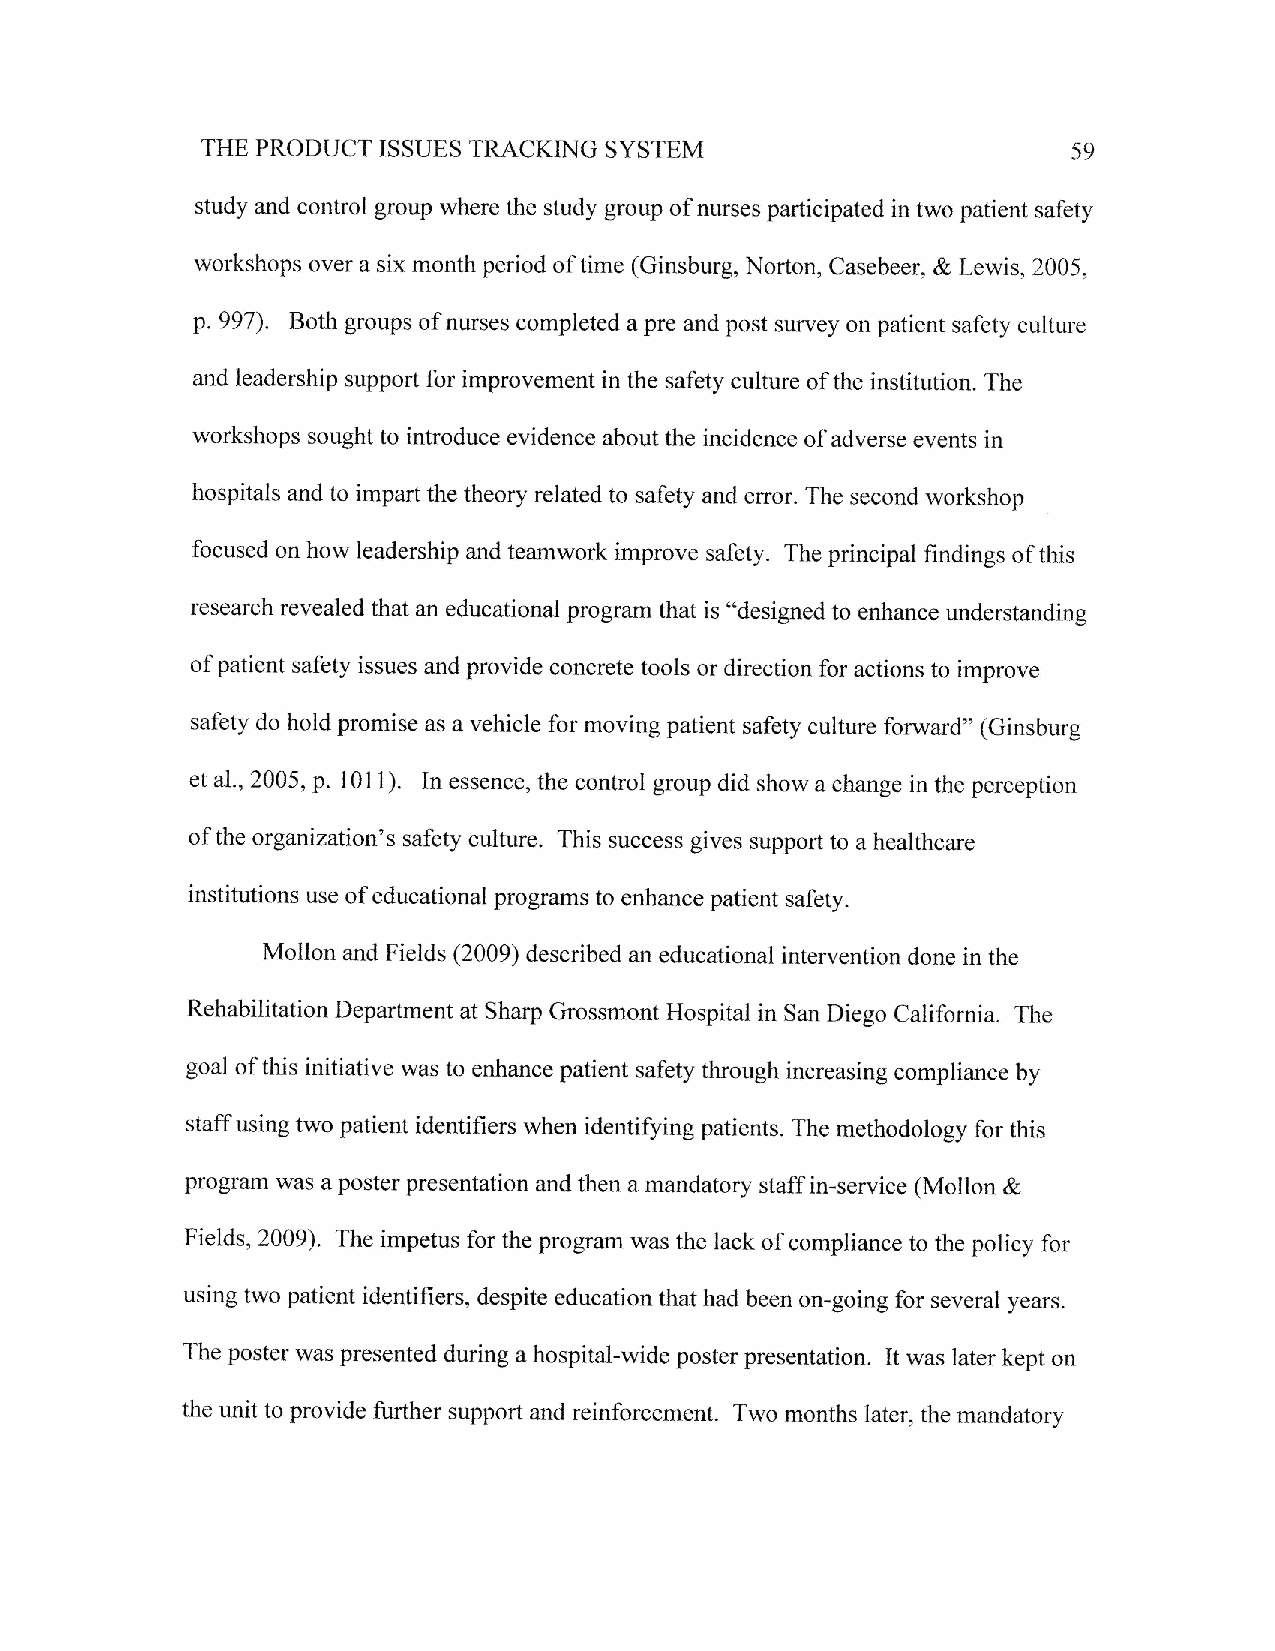
SYSTEM
 THE PRODUCT ISSUES TRACKING                               59
 study and control group where the study group of nurses participated in two patient safety
 workshops over a six month period oftime (Ginsburg, Norton, Casebeer, & Lewis, 20A5,
 p. 997). Both groups of nurses completed a pre and post survey on patient safety culture
 and leadership support for improvement in the safety culture of the institution. The
 workshops sought to introduce evidence about the incidence of adverse events in
 hospitals and to impart the theory related to safety and error. The second workshop
 focused on how leadership and teamwork improve safety. The principal findings of this
 research revealed that an educational program that is "designed to enhance understanding
 of patient safety issues and provide concrete tools or direction for actions to improve
 safety do hold promise as a vehicle for moving patient safety culture forward" (Ginsburg
 et aL.,2005, p. 1011). In essence, the control group did show a change in the perception
 of the organization's safety culture, This success gives support to a healthcare
 institutions use of educational programs to enhance patient safety.
 Mollon and Fields (2009) described an educational intervention done in the
 Rehabilitation Department at Sharp Grossmont Hospital in San Diego California. The
 goal of this initiative was to enhance patient safety through increasing compliance by
 staff using two patient identifiers when identifying patients. The methodology for this
 program was a poster presentation and then a mandatory staff in-service (Mollon &
 Fields, 2009). The impetus for the program was the lack of compliance to the policy for
 using two patient identifiers, despite education that had been on-going for several years.
 The poster was presented during a hospital-wide poster presentation. It was later kept on
 the unit to provide further support and reinforcement. Two months later, the mandatory